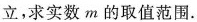
立，求实数m的取值范围.